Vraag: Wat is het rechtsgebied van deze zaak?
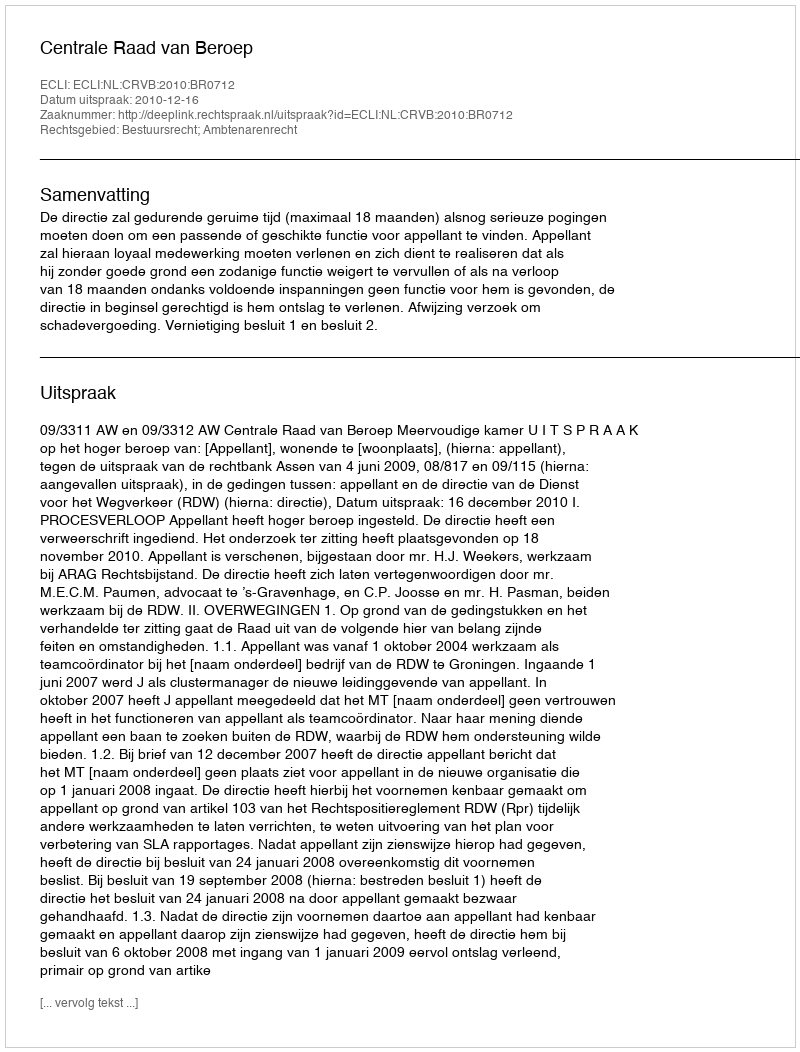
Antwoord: Bestuursrecht; Ambtenarenrecht